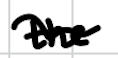
Text: the
Cross-out: wave
Writing tool: digital_black